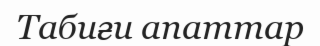
Табиғи апаттар